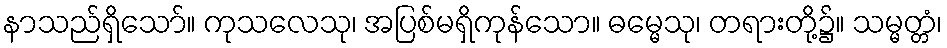
နာသည်ရှိသော်။ ကုသလေသု၊ အပြစ်မရှိကုန်သော။ ဓမ္မေသု၊ တရားတို့၌။ သမ္မတ္တံ၊